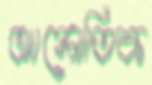
আলোতিক